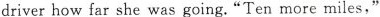
driver how far she was going."Ten more miles,"